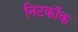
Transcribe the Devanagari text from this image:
निटकॉक